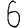
Digit: 6